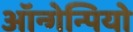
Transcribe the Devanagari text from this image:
ऑन्गेन्पियो